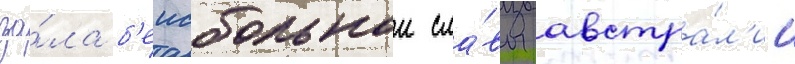
за́ла б'еисбольнои сла́вы австра́л'ии